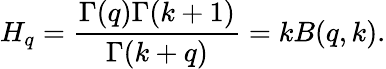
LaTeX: H_{q}=\frac{\Gamma(q)\Gamma(k+1)}{\Gamma(k+q)}=kB(q,k).